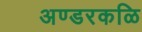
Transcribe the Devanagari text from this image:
अण्डरकळि